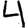
Digit: 4